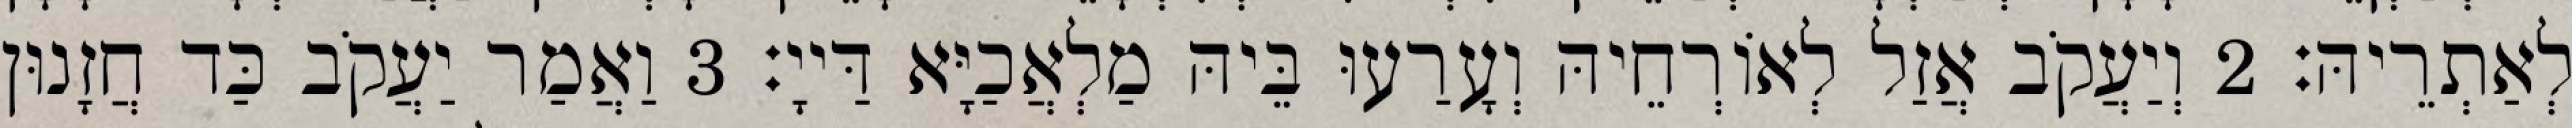
לְאַתְרֵיהּ׃ 2 וְיַעֲקֹב אֲזַל לְאוֹרְחֵיהּ וְעָרַעוּ בֵּיהּ מַלְאֲכַיָּא דַּייָ׃ 3 וַאֲמַר יַעֲקֹב כַּד חֲזָנוּן